Report on the bubonic plague in Bombay, 1896-1897
Year: 1896
Disease focus: Plague
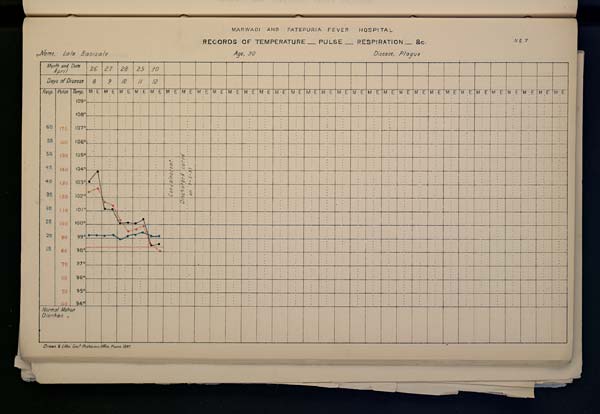
MARWADI
AND
FATEPURIA
FEVER
HOSPITAL
RECORDS OF TEMPERATURE __ PULSE __ RESPIRATION __ &c. No. 7
Name,
Lala
Basisale
Age,
30
Disease,
Plague
Drawn & Litho: Govt. Photozinco: Office, Poona 1897.